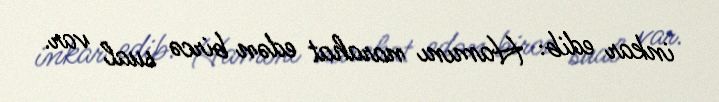
inkar edib: Hamını narahat edən bircə sual var.